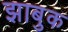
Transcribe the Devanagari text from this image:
झाबुक